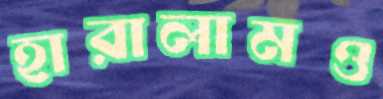
হারালামও